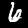
Digit: 6